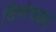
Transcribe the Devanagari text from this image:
विशेषक।